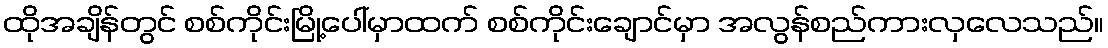
ထိုအချိန်တွင် စစ်ကိုင်းမြို့ပေါ်မှာထက် စစ်ကိုင်းချောင်မှာ အလွန်စည်ကားလှလေသည်။